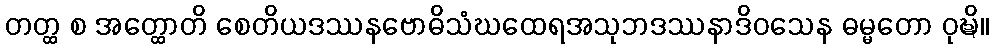
တတ္ထ စ အတ္ထောတိ စေတိယဒဿနဗောဓိသံဃထေရအသုဘဒဿနာဒိဝသေန ဓမ္မတော ဝုဍ္ဎိ။